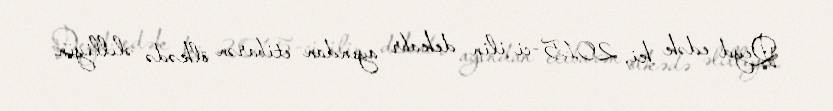
Qeyd edək ki, 2015-ci ilin dekabr ayından etibarən ölkədə əlilliyin